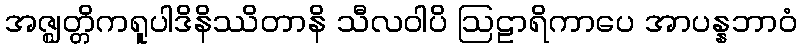
အဇ္ဈတ္တိကရူပါဒိနိဿိတာနိ သီလဝါပိ ဩဠာရိကာပေ အာပန္နဘာဝံ